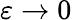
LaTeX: \varepsilon\rightarrow 0